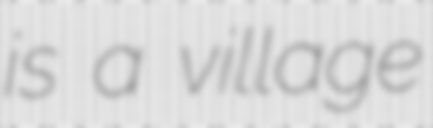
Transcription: is a village